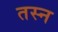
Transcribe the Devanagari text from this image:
तस्न